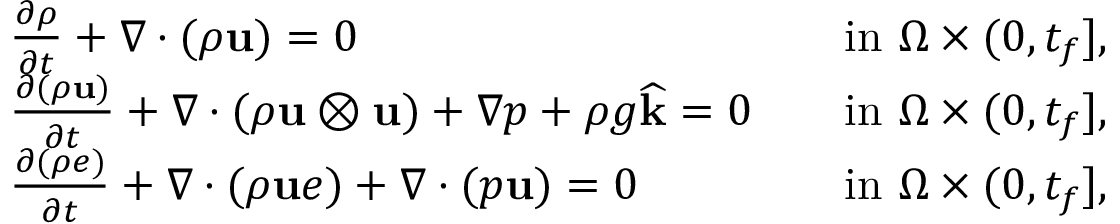
\begin{array} { r l r l } & { \frac { \partial \rho } { \partial t } + \nabla \cdot ( \rho \mathbf u ) = 0 } & & { \mathrm { i n ~ } \Omega \times ( 0 , t _ { f } ] , } \\ & { \frac { \partial ( \rho \mathbf u ) } { \partial t } + \nabla \cdot ( \rho \mathbf u \otimes \mathbf u ) + \nabla p + \rho g \widehat { \mathbf k } = \boldsymbol { 0 } } & & { \mathrm { i n ~ } \Omega \times ( 0 , t _ { f } ] , } \\ & { \frac { \partial ( \rho e ) } { \partial t } + \nabla \cdot ( \rho \mathbf u e ) + \nabla \cdot ( p \mathbf u ) = 0 } & & { \mathrm { i n ~ } \Omega \times ( 0 , t _ { f } ] , } \end{array}